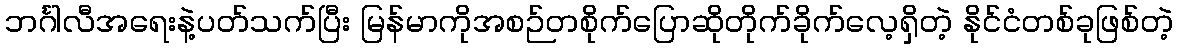
ဘင်္ဂါလီအရေးနဲ့ပတ်သက်ပြီး မြန်မာကိုအစဉ်တစိုက်ပြောဆိုတိုက်ခိုက်လေ့ရှိတဲ့ နိုင်ငံတစ်ခုဖြစ်တဲ့